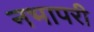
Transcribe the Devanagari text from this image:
नभापरी